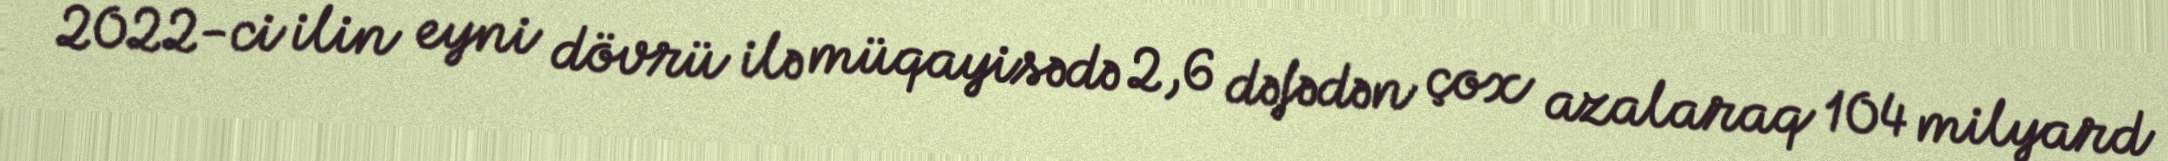
2022-ci ilin eyni dövrü ilə müqayisədə 2,6 dəfədən çox azalaraq 104 milyard